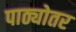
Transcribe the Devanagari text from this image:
पाठ्योतर